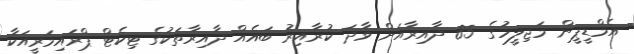
އެމްޑީޕީން މަޖިލީހުގެ 85 ދާއިރާއަށް ވާދަ ކުރާއިރު ބައެއް ދާއިރާތަކުގެ ޓިކެޓް ޕްރައިމަރީއަކާ